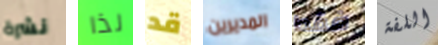
نشرة لذا قد المديرين فقط اللفة